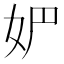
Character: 𰋻